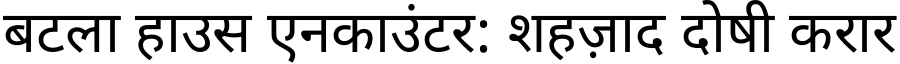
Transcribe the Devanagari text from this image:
बटला हाउस एनकाउंटर: शहज़ाद दोषी करार